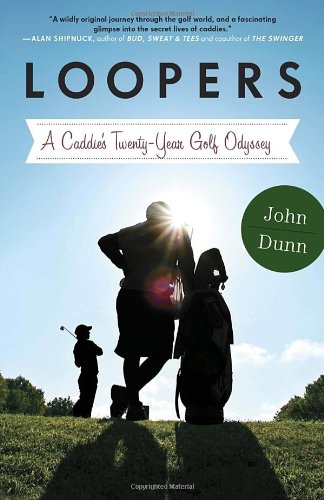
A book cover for Loopers: A Caddie's Twenty-Year Golf Odyssey; John Dunn; Biographies & Memoirs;